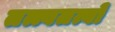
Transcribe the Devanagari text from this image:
तत्त्वतत्वों